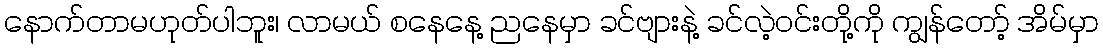
နောက်တာမဟုတ်ပါဘူး၊ လာမယ် စနေနေ့ ညနေမှာ ခင်ဗျားနဲ့ ခင်လဲ့ဝင်းတို့ကို ကျွန်တော့် အိမ်မှာ